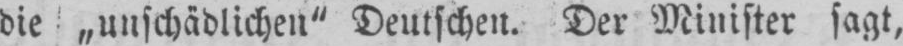
die „unschädlichen” Deutschen. Der Minister sagt,